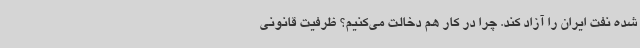
شده نفت ایران را آزاد کند. چرا در کار هم دخالت می‌کنیم؟ ظرفیت قانونی